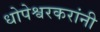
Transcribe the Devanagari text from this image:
धोपेश्वरकरांनी